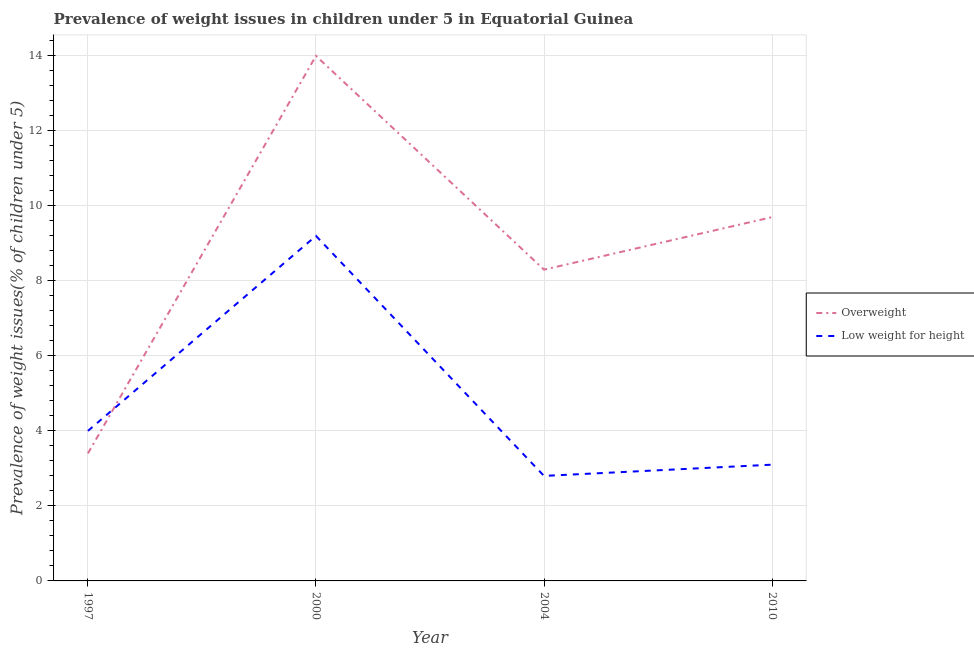
| Year | Overweight | Low weight for height |
 | --- | --- | --- |
 | 1997 | 3.4 | 4 |
 | 2000 | 14 | 9.2 |
 | 2004 | 8.3 | 2.8 |
 | 2010 | 9.7 | 3.1 |